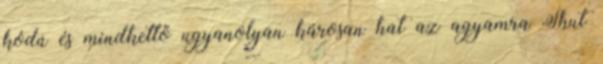
kódú és mindkettő ugyanolyan károsan hat az agyamra Shut